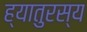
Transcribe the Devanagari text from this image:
ह्यातुरस्य